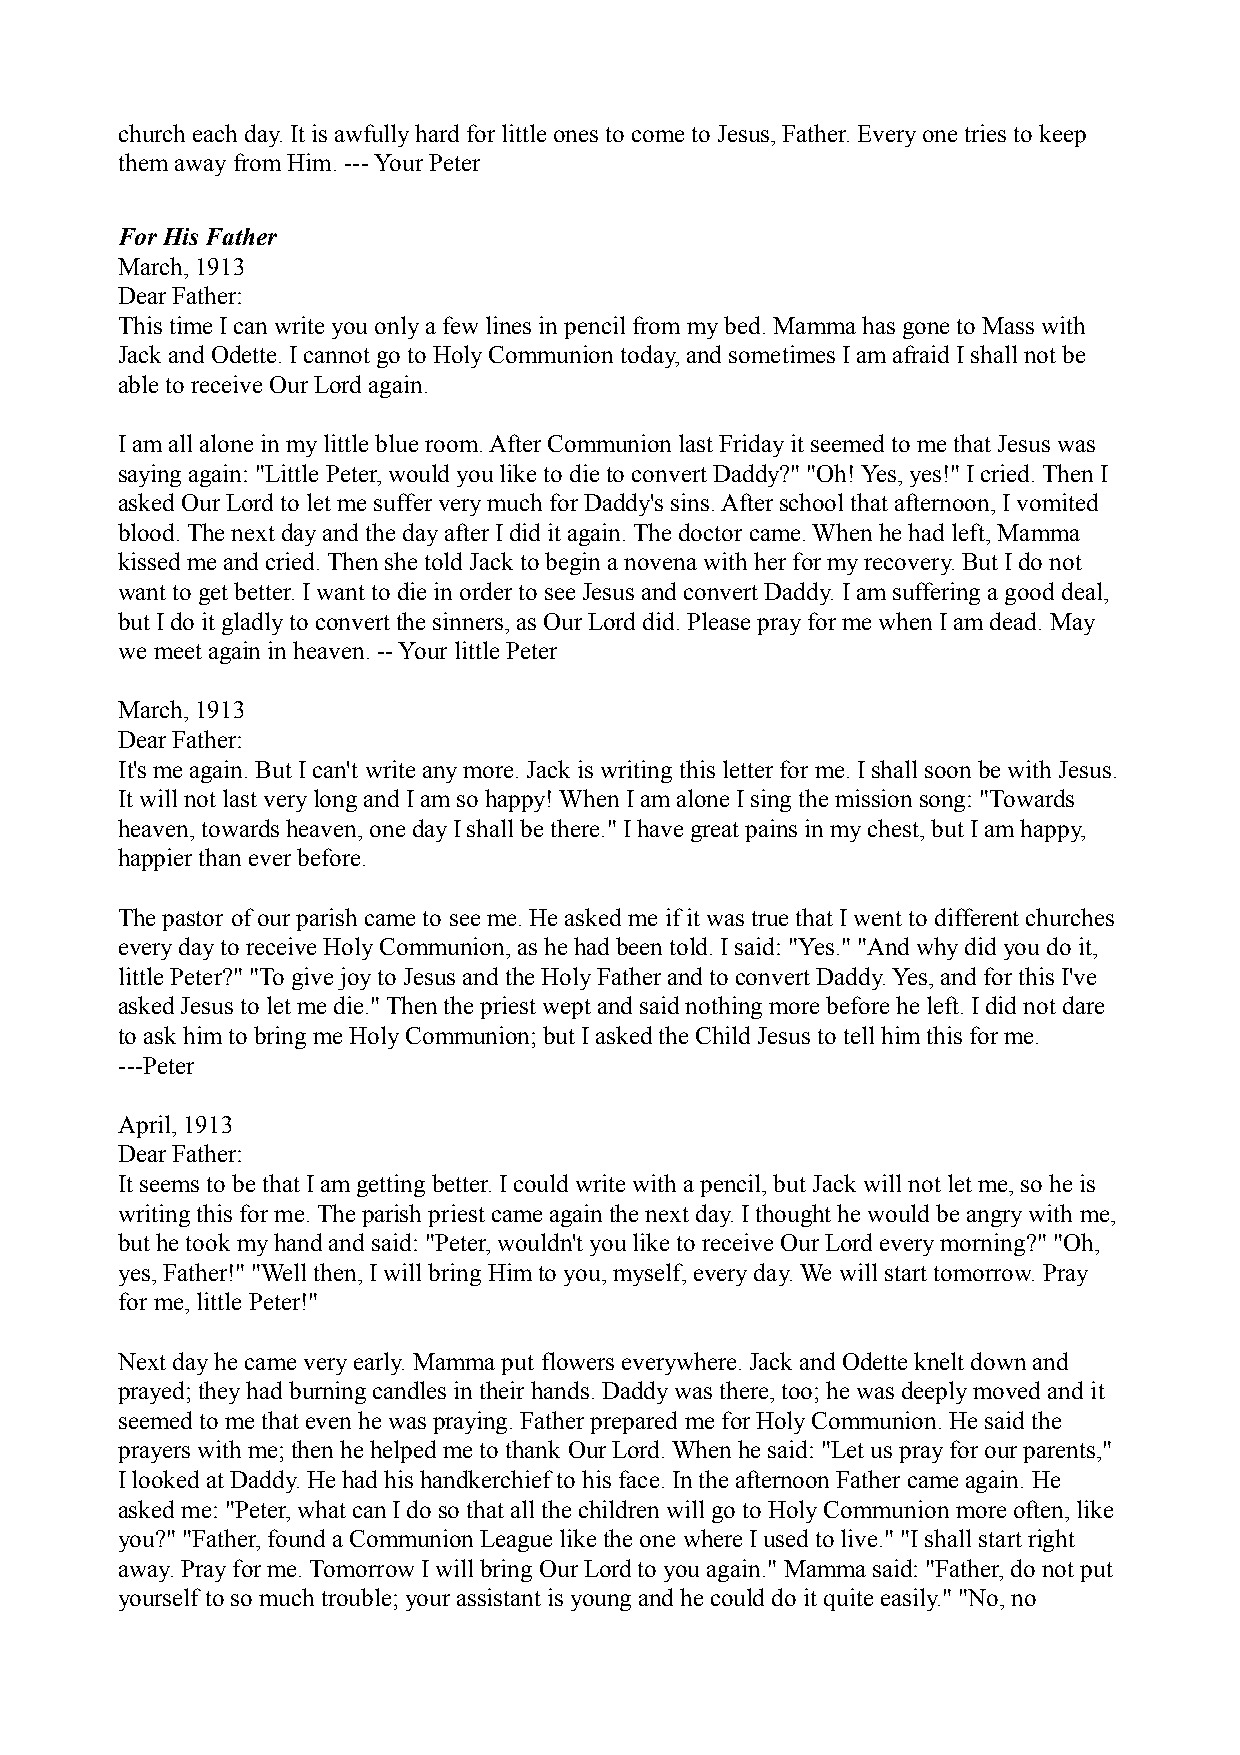
church each day. It is awfully hard for little ones to come to Jesus, Father. Every one tries to keep
 them away from Him. --- Your Peter
 For His Father
 March, 1913
 Dear Father:
 This time I can write you only a few lines in pencil from my bed. Mamma has gone to Mass with
 Jack and Odette. I cannot go to Holy Communion today, and sometimes I am afraid I shall not be
 able to receive Our Lord again.
 I am all alone in my little blue room. After Communion last Friday it seemed to me that Jesus was
 saying again: "Little Peter, would you like to die to convert Daddy?" "Oh! Yes, yes!" I cried. Then I
 asked Our Lord to let me suffer very much for Daddy's sins. After school that afternoon, I vomited
 blood. The next day and the day after I did it again. The doctor came. When he had left, Mamma
 kissed me and cried. Then she told Jack to begin a novena with her for my recovery. But I do not
 want to get better. I want to die in order to see Jesus and convert Daddy. I am suffering a good deal,
 but I do it gladly to convert the sinners, as Our Lord did. Please pray for me when I am dead. May
 we meet again in heaven. -- Your little Peter
 March, 1913
 Dear Father:
 It's me again. But I can't write any more. Jack is writing this letter for me. I shall soon be with Jesus.
 It will not last very long and I am so happy! When I am alone I sing the mission song: "Towards
 heaven, towards heaven, one day I shall be there." I have great pains in my chest, but I am happy,
 happier than ever before.
 The pastor of our parish came to see me. He asked me if it was true that I went to different churches
 every day to receive Holy Communion, as he had been told. I said: "Yes." "And why did you do it,
 little Peter?" "To give joy to Jesus and the Holy Father and to convert Daddy. Yes, and for this I've
 asked Jesus to let me die." Then the priest wept and said nothing more before he left. I did not dare
 to ask him to bring me Holy Communion; but I asked the Child Jesus to tell him this for me.
 ---Peter
 April, 1913
 Dear Father:
 It seems to be that I am getting better. I could write with a pencil, but Jack will not let me, so he is
 writing this for me. The parish priest came again the next day. I thought he would be angry with me,
 but he took my hand and said: "Peter, wouldn't you like to receive Our Lord every morning?" "Oh,
 yes, Father!" "Well then, I will bring Him to you, myself, every day. We will start tomorrow. Pray
 for me, little Peter!"
 Next day he came very early. Mamma put flowers everywhere. Jack and Odette knelt down and
 prayed; they had burning candles in their hands. Daddy was there, too; he was deeply moved and it
 seemed to me that even he was praying. Father prepared me for Holy Communion. He said the
 prayers with me; then he helped me to thank Our Lord. When he said: "Let us pray for our parents,"
 I looked at Daddy. He had his handkerchief to his face. In the afternoon Father came again. He
 asked me: "Peter, what can I do so that all the children will go to Holy Communion more often, like
 you?" "Father, found a Communion League like the one where I used to live." "I shall start right
 away. Pray for me. Tomorrow I will bring Our Lord to you again." Mamma said: "Father, do not put
 yourself to so much trouble; your assistant is young and he could do it quite easily." "No, no